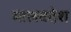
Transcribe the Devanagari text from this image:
मालवदेश